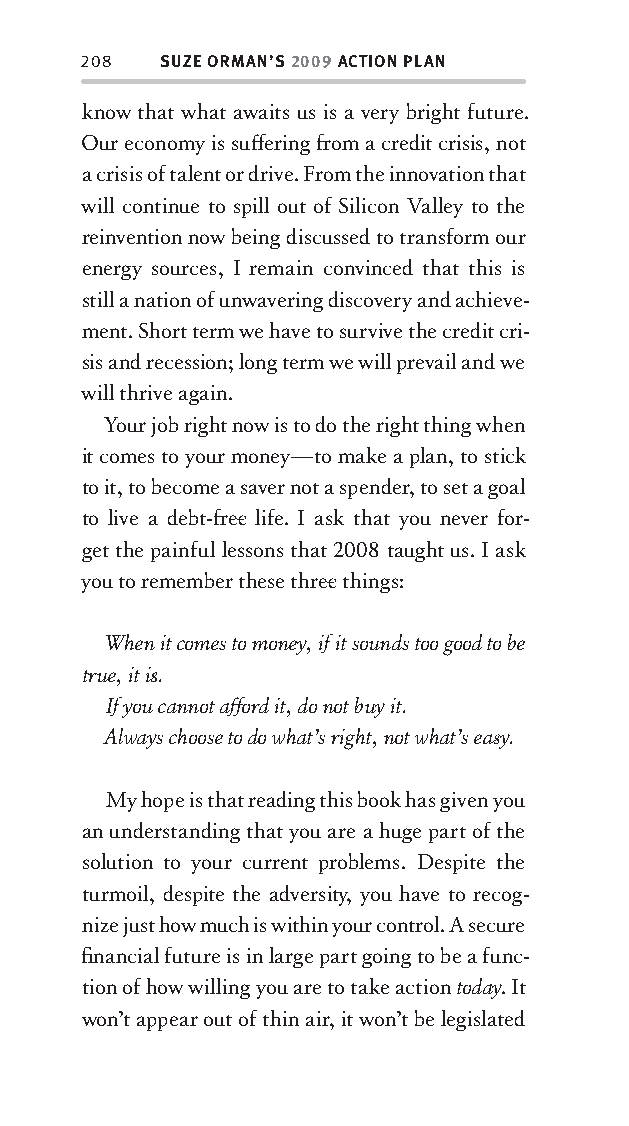
208  SUZE ORMAN’S 2009 ACTION PLAN
 know that what awaits us is a very bright future.
 Our economy is suff ering fr om a credit crisis, not
 a crisis of talent or drive. From the innovation that
 will continue to spill out of Silicon Valley to the
 reinvention now being discussed to transform our
 energy sources, I remain convinced that this is
 still a nation of unwavering discovery and achieve-
 ment. Short term we have to survive the credit cri-
 sis and recession; long term we will prevail and we
 will thrive again.
 Your job right now is to do the right thing when
 it comes to your money—to make a plan, to stick
 to it, to become a saver not a spender, to set a goal
 to live a debt-fr ee life. I ask that you never for-
 get the painful lessons that 2008 taught us. I ask
 you to remember these three things:
 When it comes to money, if it sounds too good to be
 true, it is .
 If you cannot aff ord it, do not buy it.
 Always choose to do what’s right, not what’s eas y.
 My hope is that reading this book has given you
 an understanding that you are a huge part of the
 solution to your current problems. Despite the
 turmoil, despite the adversity , you have to recog-
 nize just how much is within your control. A secure
 fi nancial future is in large part going to be a func-
 tion of how willing you are to take action today. It
 won’t appear out of thin air, it won’t be legislated
 OOrrmmaa__99778800338855553300993344__44pp__aallll__rr11..iinndddd 220088 1122//33//0088 99::3311::4433 AAMM